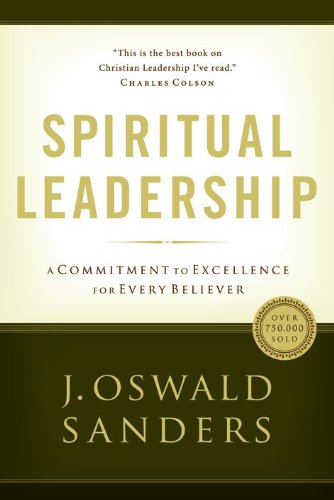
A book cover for Spiritual Leadership: A Commitment to Excellence for Every Believer (Commitment To Spiritual Growth); J. Oswald Sanders; Christian Books & Bibles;